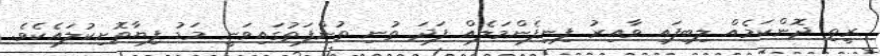
ރީތި ދޮންކަމެއް ލިބިފައި ވާއިރު ފިނިފެންމަލެއް ފަދަ ތުނި ތުންފަތުގައިވަނީ މަޑު ފިޔާތޮށިކުލައެކެވެ.